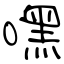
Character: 嘿